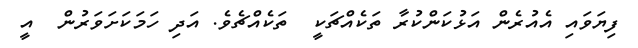
ފިޔަވައި އެއުރެން އަޅުކަންކުރާ ތަކެއްޗަކީ  ތަކެއްޗެވެ. އަދި ހަމަކަށަވަރުން  އީ